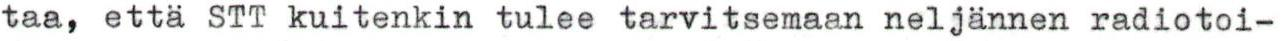
taa, että STT kuitenkin tulee tarvitsemaan neljännen radiotoi-